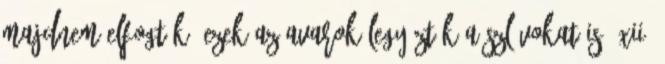
majdnem elfogták. Ezek az avarok legyőzték a szlávokat is. xii